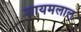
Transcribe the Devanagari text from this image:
शायमलाल